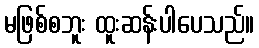
မဖြစ်စဘူး ထူးဆန်းပါပေသည်။